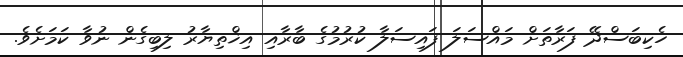
ހެކިބަސްދޭ ފަރާތަށް މައްސަލަ ފައިސަލާ ކުރުމުގެ ބާރާއި އިޚްތިޔާރު ލިބިގެން ނުވާ ކަމަށެވެ.